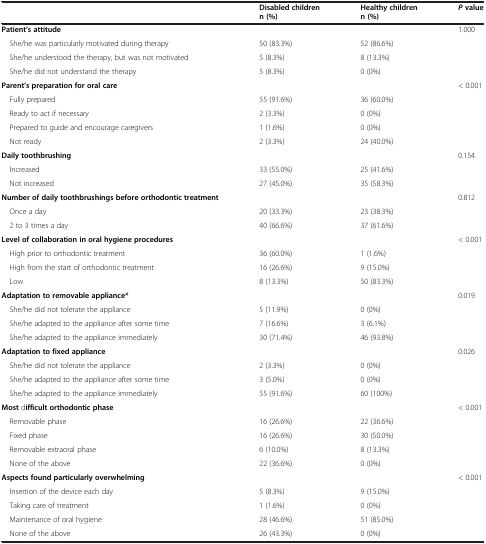
<table><thead><tr><td><b> </b></td><td><b>Disabled children n (%)</b></td><td><b>Healthy children n (%)</b></td><td><b><i>P</i>value</b></td></tr></thead><tbody><tr><td><b>Patient’s attitude</b></td><td> </td><td> </td><td rowspan="4">1.000</td></tr><tr><td> She/he was particularly motivated during therapy</td><td>50 (83.3%)</td><td>52 (86.6%)</td></tr><tr><td> She/he understood the therapy, but was not motivated</td><td>5 (8.3%)</td><td>8 (13.3%)</td></tr><tr><td> She/he did not understand the therapy</td><td>5 (8.3%)</td><td>0 (0%)</td></tr><tr><td><b>Parent’s preparation for oral care</b></td><td> </td><td> </td><td rowspan="5">&lt; 0.001</td></tr><tr><td> Fully prepared</td><td>55 (91.6%)</td><td>36 (60.0%)</td></tr><tr><td> Ready to act if necessary</td><td>2 (3.3%)</td><td>0 (0%)</td></tr><tr><td> Prepared to guide and encourage caregivers</td><td>1 (1.6%)</td><td>0 (0%)</td></tr><tr><td> Not ready</td><td>2 (3.3%)</td><td>24 (40.0%)</td></tr><tr><td><b>Daily toothbrushing</b></td><td> </td><td> </td><td rowspan="3">0.154</td></tr><tr><td> Increased</td><td>33 (55.0%)</td><td>25 (41.6%)</td></tr><tr><td> Not increased</td><td>27 (45.0%)</td><td>35 (58.3%)</td></tr><tr><td><b>Number of daily toothbrushings before orthodontic treatment</b></td><td> </td><td> </td><td rowspan="3">0.812</td></tr><tr><td> Once a day</td><td>20 (33.3%)</td><td>23 (38.3%)</td></tr><tr><td> 2 to 3 times a day</td><td>40 (66.6%)</td><td>37 (61.6%)</td></tr><tr><td><b>Level of collaboration in oral hygiene procedures</b></td><td> </td><td> </td><td rowspan="4">&lt; 0.001</td></tr><tr><td> High prior to orthodontic treatment</td><td>36 (60.0%)</td><td>1 (1.6%)</td></tr><tr><td> High from the start of orthodontic treatment</td><td>16 (26.6%)</td><td>9 (15.0%)</td></tr><tr><td> Low</td><td>8 (13.3%)</td><td>50 (83.3%)</td></tr><tr><td><b>Adaptation to removable appliance*</b></td><td> </td><td> </td><td rowspan="4">0.019</td></tr><tr><td> She/he did not tolerate the appliance</td><td>5 (11.9%)</td><td>0 (0%)</td></tr><tr><td> She/he adapted to the appliance after some time</td><td>7 (16.6%)</td><td>3 (6.1%)</td></tr><tr><td> She/he adapted to the appliance immediately</td><td>30 (71.4%)</td><td>46 (93.8%)</td></tr><tr><td><b>Adaptation to fixed appliance</b></td><td> </td><td> </td><td rowspan="4">0.026</td></tr><tr><td> She/he did not tolerate the appliance</td><td>2 (3.3%)</td><td>0 (0%)</td></tr><tr><td> She/he adapted to the appliance after some time</td><td>3 (5.0%)</td><td>0 (0%)</td></tr><tr><td> She/he adapted to the appliance immediately</td><td>55 (91.6%)</td><td>60 (100%)</td></tr><tr><td><b>Most</b> d<b>ifficult orthodontic phase</b></td><td> </td><td> </td><td rowspan="5">&lt; 0.001</td></tr><tr><td> Removable phase</td><td>16 (26.6%)</td><td>22 (36.6%)</td></tr><tr><td> Fixed phase</td><td>16 (26.6%)</td><td>30 (50.0%)</td></tr><tr><td> Removable extraoral phase</td><td>6 (10.0%)</td><td>8 (13.3%)</td></tr><tr><td> None of the above</td><td>22 (36.6%)</td><td>0 (0%)</td></tr><tr><td><b>Aspects found particularly overwhelming</b></td><td> </td><td> </td><td rowspan="4">&lt; 0.001</td></tr><tr><td> Insertion of the device each day</td><td>5 (8.3%)</td><td>9 (15.0%)</td></tr><tr><td> Taking care of treatment</td><td>1 (1.6%)</td><td>0 (0%)</td></tr><tr><td> Maintenance of oral hygiene</td><td>28 (46.6%)</td><td>51 (85.0%)</td></tr><tr><td> None of the above</td><td>26 (43.3%)</td><td>0 (0%)</td><td> </td></tr></tbody></table>